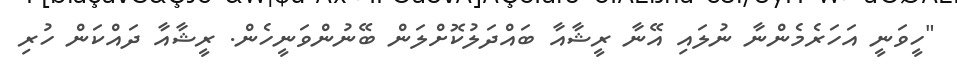
"ހީވަނީ އަހަރެމެންނާ ނުލައި އޭނާ ރީޝާއާ ބައްދަލުކޮށްލަން ބޭނުންވަނީހެން. ރީޝާއާ ދައްކަން ހުރި